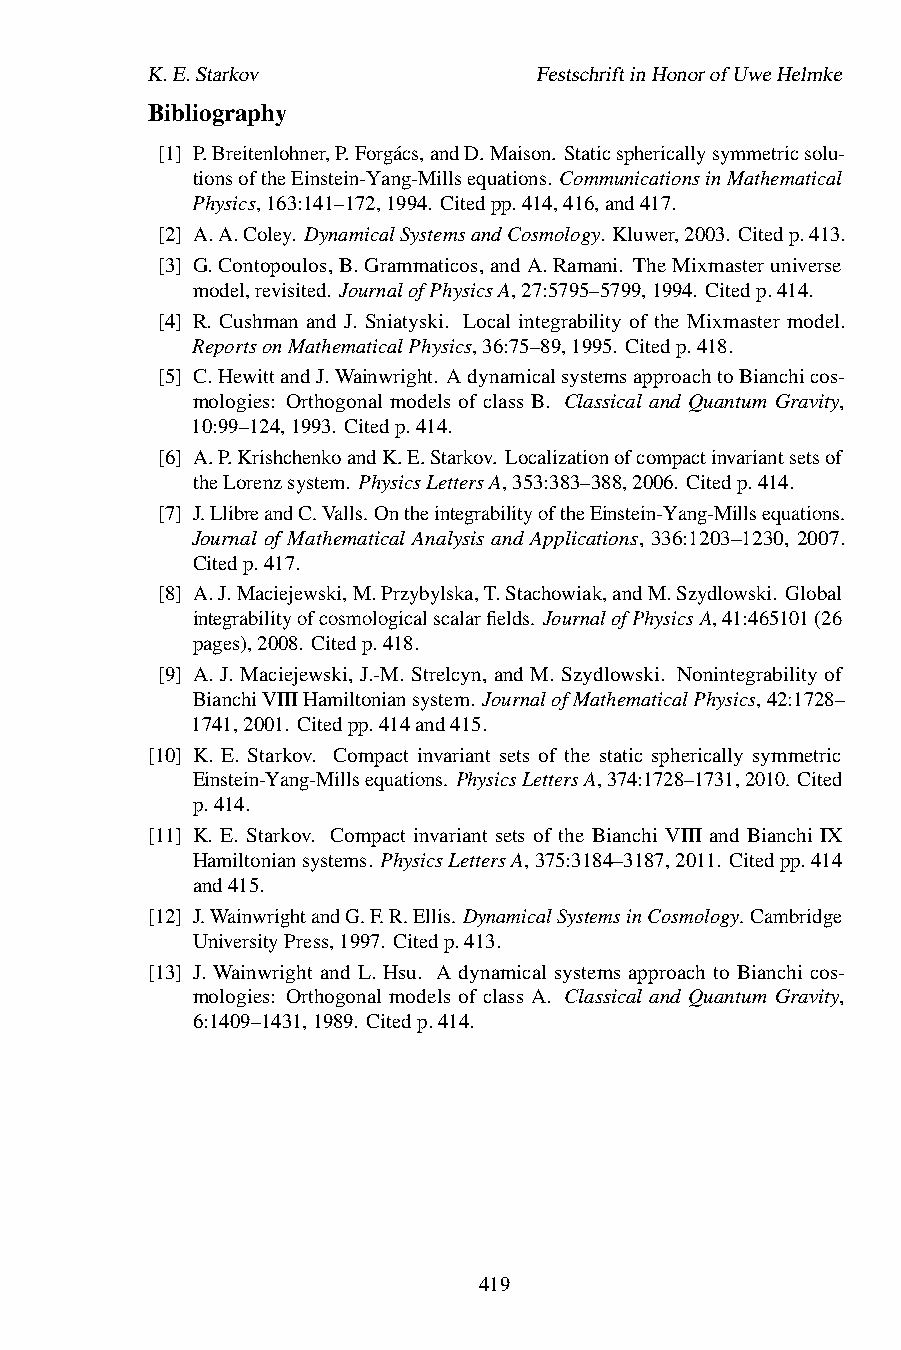
K.E.Starkov               FestschriftinHonorofUweHelmke
 Bibliography
 [1] P.Breitenlohner,P.Forgács,andD.Maison. Staticsphericallysymmetricsolu-
 tionsoftheEinstein-Yang-Millsequations. CommunicationsinMathematical
 Physics,163:141–172,1994. Citedpp.414,416,and417.
 [2] A.A.Coley. DynamicalSystemsandCosmology. Kluwer,2003. Citedp.413.
 [3] G.Contopoulos,B.Grammaticos,andA.Ramani. TheMixmasteruniverse
 model,revisited. JournalofPhysicsA,27:5795–5799,1994. Citedp.414.
 [4] R. Cushman and J. Sniatyski. Local integrability of the Mixmaster model.
 ReportsonMathematicalPhysics,36:75–89,1995. Citedp.418.
 [5] C.HewittandJ.Wainwright. AdynamicalsystemsapproachtoBianchicos-
 mologies: Orthogonal models of class B. Classical and Quantum Gravity,
 10:99–124,1993. Citedp.414.
 [6] A.P.KrishchenkoandK.E.Starkov. Localizationofcompactinvariantsetsof
 theLorenzsystem. PhysicsLettersA,353:383–388,2006. Citedp.414.
 [7] J.LlibreandC.Valls. OntheintegrabilityoftheEinstein-Yang-Millsequations.
 Journal of Mathematical Analysis and Applications, 336:1203–1230, 2007.
 Citedp.417.
 [8] A.J.Maciejewski,M.Przybylska,T.Stachowiak,andM.Szydlowski. Global
 integrabilityofcosmologicalscalarfields. JournalofPhysicsA,41:465101(26
 pages),2008. Citedp.418.
 [9] A. J. Maciejewski, J.-M. Strelcyn, and M. Szydlowski. Nonintegrability of
 BianchiVIIIHamiltoniansystem. JournalofMathematicalPhysics,42:1728–
 1741,2001. Citedpp.414and415.
 [10] K. E. Starkov. Compact invariant sets of the static spherically symmetric
 Einstein-Yang-Millsequations. PhysicsLettersA,374:1728–1731,2010. Cited
 p.414.
 [11] K. E. Starkov. Compact invariant sets of the Bianchi VIII and Bianchi IX
 Hamiltoniansystems. PhysicsLettersA,375:3184–3187,2011. Citedpp.414
 and415.
 [12] J.WainwrightandG.F.R.Ellis. DynamicalSystemsinCosmology. Cambridge
 UniversityPress,1997. Citedp.413.
 [13] J. Wainwright and L. Hsu. A dynamical systems approach to Bianchi cos-
 mologies: Orthogonal models of class A. Classical and Quantum Gravity,
 6:1409–1431,1989. Citedp.414.
 419